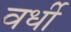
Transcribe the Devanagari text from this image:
वर्धी